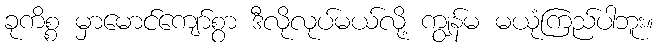
ခုကိစ္စ မှာမောင်ကျော်စွာ ဒီလိုလုပ်မယ်လို့ ကျွန်မ မယုံကြည်ပါဘူး။